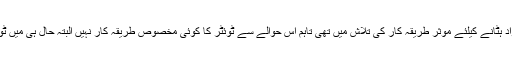
واضح رہے کہ حکومت پاکستان ٹوئٹر پر موجود مخصوص اور قابل اعتراض مواد ہٹانے کیلئے موثر طریقہ کار کی تلاش میں تھی تاہم اس حوالے سے ٹوئٹر کا کوئی مخصوص طریقہ کار نہیں البتہ حال ہی میں ٹوئٹر نے جعلی خبروں اور قابل اعتراض مواد کیخلاف کریک ڈاﺅن ضرور کیا تھا۔